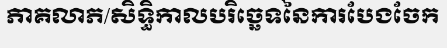
ភាគលាភ/សិទ្ធិកាលបរិច្ឆេទនៃការបែងចែក